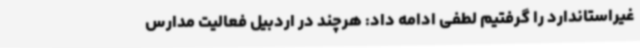
غیراستاندارد را گرفتیم لطفی ادامه داد: هرچند در اردبیل فعالیت مدارس